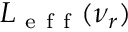
L _ { \mathrm { ~ e ~ f ~ f ~ } } ( \nu _ { r } )